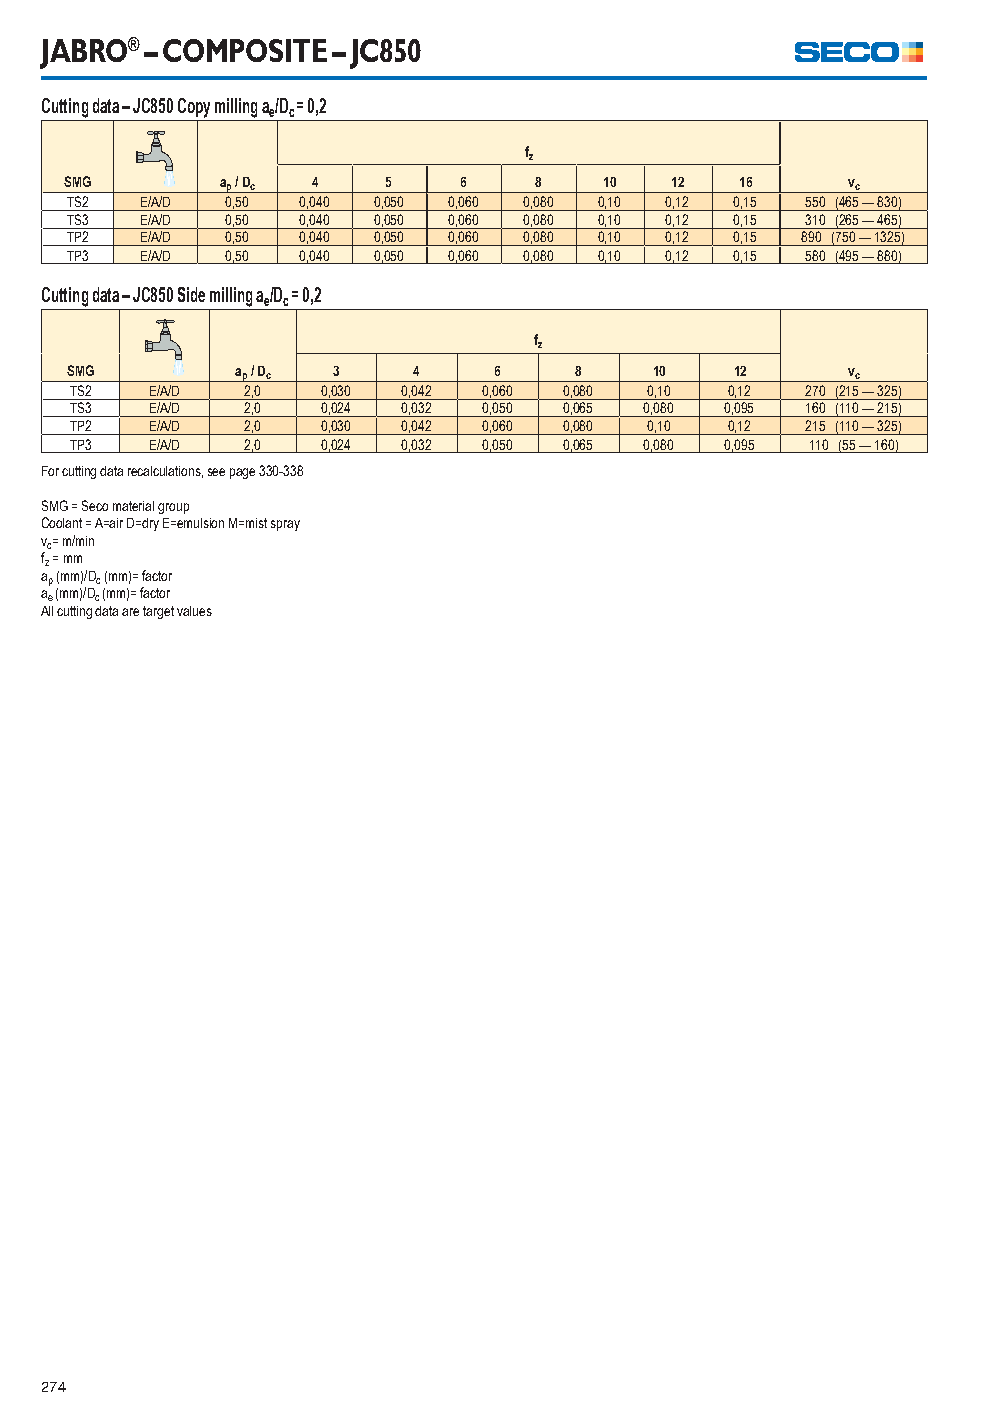
JABRO® – COMPOSITE – JC850
 Cutting data – JC850 Copy milling a/D = 0,2
 e c
 fz
 SMG        ap / Dc 4  5    6   8    10  12   16     vc
 TS2  E/A/D 0,50 0,040 0,050 0,060 0,080 0,10 0,12 0,15 550 (465 — 830)
 TS3  E/A/D 0,50 0,040 0,050 0,060 0,080 0,10 0,12 0,15 310 (265 — 465)
 TP2  E/A/D 0,50 0,040 0,050 0,060 0,080 0,10 0,12 0,15 890 (750 — 1325)
 TP3  E/A/D 0,50 0,040 0,050 0,060 0,080 0,10 0,12 0,15 580 (495 — 880)
 Cutting data – JC850 Side milling a/D = 0,2
 e c
 fz
 SMG         ap / Dc 3  4     6    8    10    12     vc
 TS2  E/A/D 2,0  0,030 0,042 0,060 0,080 0,10 0,12 270 (215 — 325)
 TS3  E/A/D 2,0  0,024 0,032 0,050 0,065 0,080 0,095 160 (110 — 215)
 TP2  E/A/D 2,0  0,030 0,042 0,060 0,080 0,10 0,12 215 (110 — 325)
 TP3  E/A/D 2,0  0,024 0,032 0,050 0,065 0,080 0,095 110 (55 — 160)
 For cutting data recalculations, see page 330-338
 SMG = Seco material group
 Coolant = A=air D=dry E=emulsion M=mist spray
 vc= m/min
 fz = mm
 ap (mm)/Dc (mm)= factor
 ae (mm)/Dc (mm)= factor
 All cutting data are target values
 274